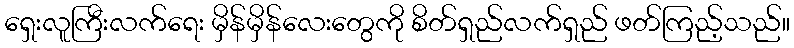
ရှေးလူကြီးလက်ရေး မှိန်မှိန်လေးတွေကို စိတ်ရှည်လက်ရှည် ဖတ်ကြည့်သည်။